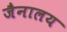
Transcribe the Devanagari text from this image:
जैनालय